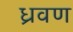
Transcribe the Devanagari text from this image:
ध्रवण